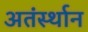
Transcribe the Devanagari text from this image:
अतंर्स्थान